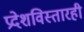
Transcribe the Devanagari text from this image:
प्रदेशविस्तारही